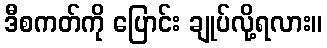
ဒီစကတ်ကို ပြောင်း ချုပ်လို့ရလား။